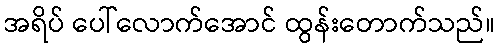
အရိပ် ပေါ်လောက်အောင် ထွန်းတောက်သည်။